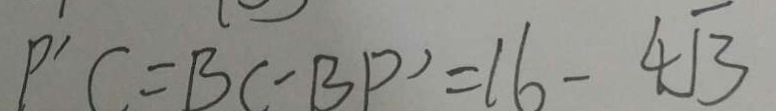
P ^ { \prime } C = B C - B P ^ { \prime } = 1 6 - 4 \sqrt { 3 }